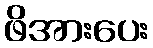
ဖိအားပေး